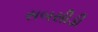
સબસીડી